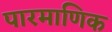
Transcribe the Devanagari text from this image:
पारमाणिक